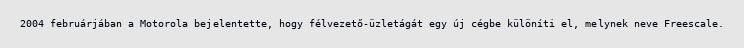
2004 februárjában a Motorola bejelentette, hogy félvezető-üzletágát egy új cégbe különíti el, melynek neve Freescale.